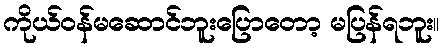
ကိုယ်ဝန်မဆောင်ဘူးပြောတော့ မပြန်ရဘူး။